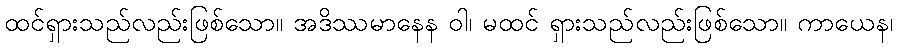
ထင်ရှားသည်လည်းဖြစ်သော။ အဒိဿမာနေန ဝါ၊ မထင် ရှားသည်လည်းဖြစ်သော။ ကာယေန၊